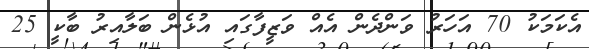
އެކަމަކު 70 އަހަރު ވަންދެން އެއް ވަޒީފާގައި އުޅެން ބަލާއިރު ބާކީ 25